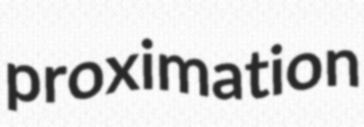
proximation